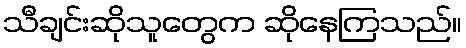
သီချင်းဆိုသူတွေက ဆိုနေကြသည်။